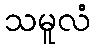
သမူလံ